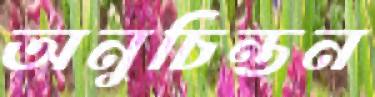
অনুচিন্তন